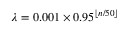
\lambda = 0 . 0 0 1 \times 0 . 9 5 ^ { \lfloor n / 5 0 \rfloor }